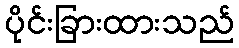
ပိုင်းခြားထားသည်